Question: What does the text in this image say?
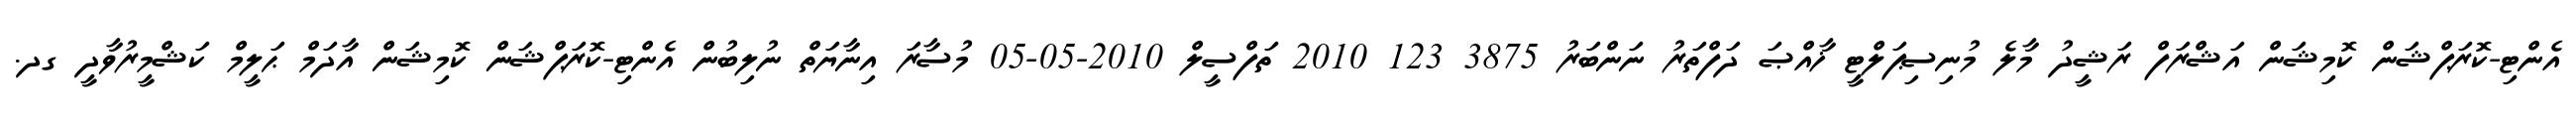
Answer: އެންޓި-ކޮރަޕްޝަން ކޮމިޝަން އަޝްރަފް ރަޝީދު މާލެ މުނިސިޕަލްޓީ ޚާއްޞަ ދަފްތަރު ނަންބަރު 3875 123 2010 ތަފްސީލް 2010-05-05 މުސާރަ އިނާޔަތް ނުލިބުން އެންޓި-ކޮރަޕްޝަން ކޮމިޝަން އާދަމް ޙަލީމް ކަޝްމީރުވާދީ ގދ.